system: You are a helpful assistant.
user:
Analyze the provided spectrum to determine if it is a **S-type Star**.

- **Key Indicators for S-type Star:**

    - **(Overall Spectrum Shape):** The first and most obvious characteristic is the overall continuum (the "baseline" shape). It is **extremely "red-sloping,"** meaning the flux (light intensity) is very low on the left side (blue, ~4000-4500 Å) and rises steeply and continuously toward the right side (red, ~7000 Å+).

    - **(Primary):** The spectrum is defined by the presence of strong, broad molecular absorption "valleys" (bands) from **Zirconium Oxide (ZrO)**. The identification of these bands is the **primary requirement** for classifying a star as S-type.
        - **(Key Bandheads):** You must find distinct, deep "dips" where the light has been absorbed. The most critical band systems to locate are:
            - **~6474 Å** ($\gamma$-system): This is often the strongest and clearest ZrO feature, found in the red part of the spectrum.
            - **~5718 Å** & **~5551 Å** ($\beta$-system): A pair of prominent absorption features in the yellow-orange part of the spectrum.
            - **~4640 Å** ($\alpha$-system): A key absorption band system in the blue-green region of the spectrum.

    - **(Secondary Confirmation):** The classification is strengthened by finding additional absorption bands from other related heavy element oxides, which are expected to be present alongside ZrO.
        - **(Key Bandheads):**
            - **Yttrium Oxide (YO):** Look for absorption dips near **~4800 Å** and **~6100 Å**.
            - **Lanthanum Oxide (LaO):** Additional absorption features, particularly in the red-orange part of the spectrum, are also characteristic.

    - **(Line Profile):** The combination of the steep red continuum and these numerous, deep molecular bands (ZrO, YO, etc.) gives the entire spectrum a very **"chopped-up"** or **"bumpy"** appearance. Instead of a smooth curve, the spectrum looks as though large, wide chunks of light have been "carved out" of it at the specific wavelengths listed above.

Think first, call **spectral_visualization_tool** if needed to examine features in detail, then provide your final answer. Your response must adhere to the following strict rules:
1.  **Overall Structure:** Your response must follow the format `<think>...</think> <tool_call>...</tool_call> (if a tool is used) <answer>...</answer>`.
2.  **Tool Usage Constraint:** You may only make **one** tool call per turn.
3.  **Final Answer Format:** In the `<answer>` tag, your conclusion must be inside a `\boxed{}` command (e.g., `\boxed{YES}` or `\boxed{NO}`), followed by your justification.

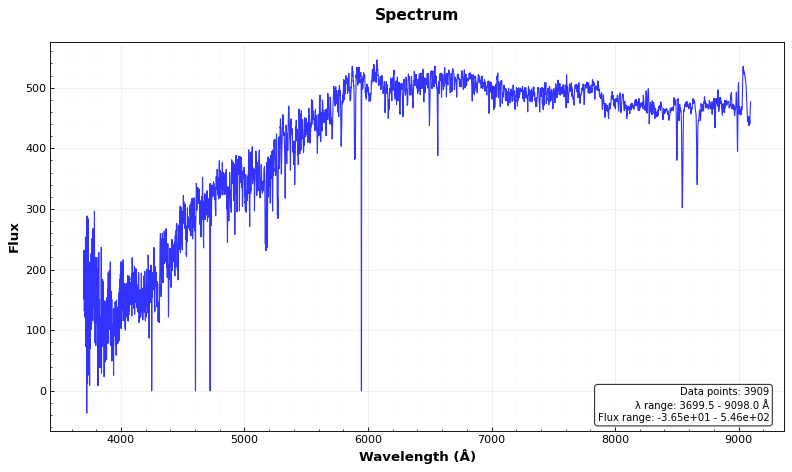
Answer: NO